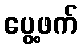
ပွေ့ဖက်